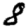
Digit: 8